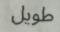
طويل